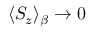
\langle S _ { z } \rangle _ { \beta } \to 0